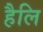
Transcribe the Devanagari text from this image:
हैलि